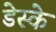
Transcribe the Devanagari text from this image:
डेस्के